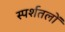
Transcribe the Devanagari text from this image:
स्पर्शतलों